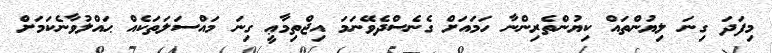
މިފަދަ ގިނަ ލިޔުންތައް ކިޔުންތެރިންނާ ހަމައަށް ގެނެސްދެވޭނަމަަ އިޖްތިމާޢީ ގިނަ މައްސަލަތަކެއް ޙައްލުވާނެކަމަށް